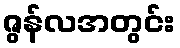
ဇွန်လအတွင်း